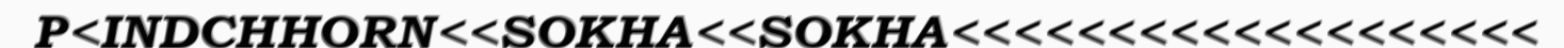
P<INDCHHORN<<SOKHA<<SOKHA<<<<<<<<<<<<<<<<<<<